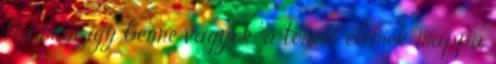
Ha mar igy benne vagyok, a torolt elemek mappa